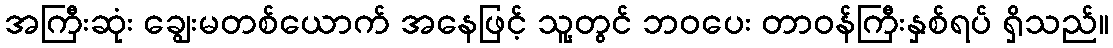
အကြီးဆုံး ချွေးမတစ်ယောက် အနေဖြင့် သူ့တွင် ဘဝပေး တာဝန်ကြီးနှစ်ရပ် ရှိသည်။